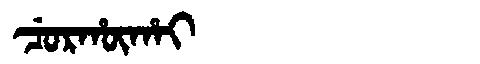
Manchu: ᠴᡠᡵᡥᡡᡥᠠᡳ
Romanization: CURHŪHAI